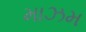
માઝમ